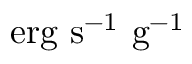
\mathrm { e r g ~ s ^ { - 1 } ~ g ^ { - 1 } }